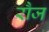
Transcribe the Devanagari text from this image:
रौज